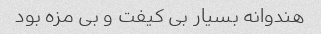
هندوانه بسیار‌ بی کیفت و بی مزه بود